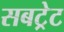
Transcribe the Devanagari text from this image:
सबट्रेट